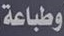
وطباعة